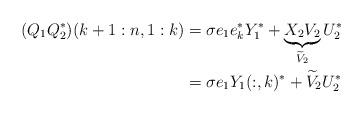
LaTeX: \begin{align*}(Q_1 Q_2^{*})(k+1:n, 1:k) &= \sigma e_1 e_k^{*} Y_1^{*} + \underbrace{X_2 V_2}_{ \widetilde{V}_2 } U_2^{*}\\&= \sigma e_1 Y_1(:,k)^{*} + \widetilde{V}_2 U_2^{*}\end{align*}